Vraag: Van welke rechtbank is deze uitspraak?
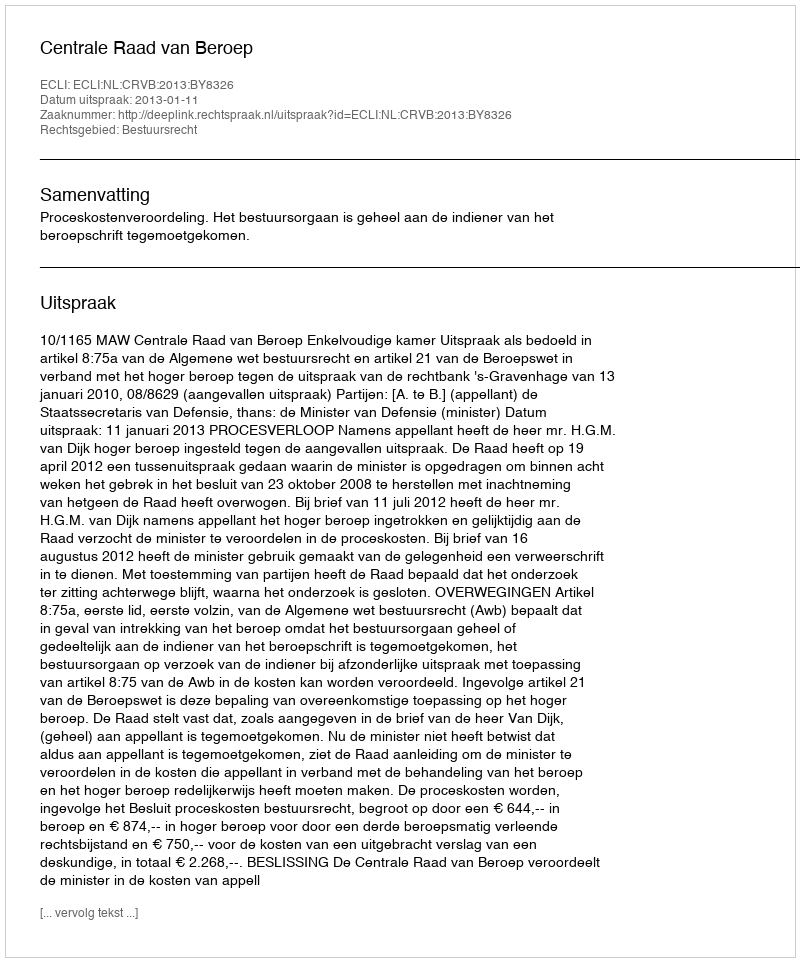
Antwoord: Centrale Raad van Beroep